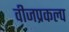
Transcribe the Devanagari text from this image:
वीजप्रकल्प